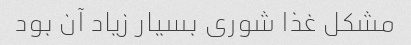
مشکل غذا شوری بسیار زیاد آن بود